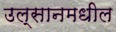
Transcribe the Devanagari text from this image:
उल्सानमधील